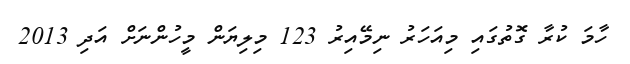
ހާމަ ކުރާ ގޮތުގައި މިއަހަރު ނިމޭއިރު 123 މިލިޔަން މީހުންނަށް އަދި 2013